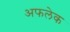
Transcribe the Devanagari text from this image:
अफलेक